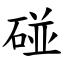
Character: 碰